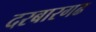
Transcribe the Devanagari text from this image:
दरबारगढ